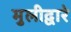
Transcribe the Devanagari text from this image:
मुलीद्वारे